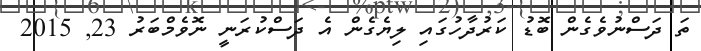
ތަ ދަސްނުވެގެން ބޮޑު ކަރުދާހުގައި ލިޔެގެން އެ ދަސްކުރަނީ ނޮވެމްބަރު 23